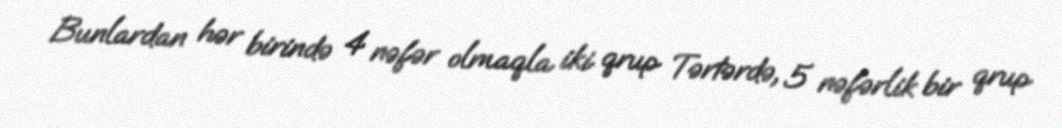
Bunlardan hər birində 4 nəfər olmaqla iki qrup Tərtərdə, 5 nəfərlik bir qrup